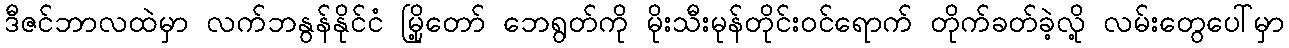
ဒီဇင်ဘာလထဲမှာ လက်ဘနွန်နိုင်ငံ မြို့တော် ဘေရွတ်ကို မိုးသီးမုန်တိုင်းဝင်ရောက် တိုက်ခတ်ခဲ့လို့ လမ်းတွေပေါ်မှာ